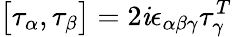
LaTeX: \bigl[\tau_{\alpha},\tau_{\beta}\bigr]=2\mathit{i}\epsilon_{\alpha\beta\gamma}\tau_{\gamma}^{T}